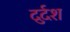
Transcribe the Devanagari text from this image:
दुर्दश